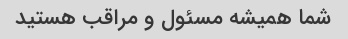
شما همیشه مسئول و مراقب هستید